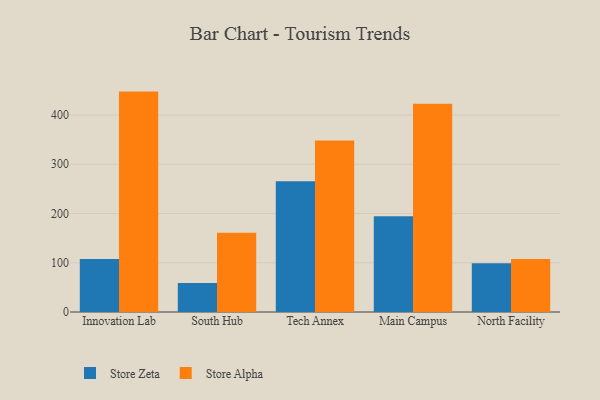
{"axis": {"x": "Campus", "y": "Website Visitors"}, "legend": ["Store Alpha", "Store Zeta"], "data": [{"x": "Innovation Lab", "y": 107.4, "type": "Store Zeta"}, {"x": "Innovation Lab", "y": 447.6, "type": "Store Alpha"}, {"x": "South Hub", "y": 58.8, "type": "Store Zeta"}, {"x": "South Hub", "y": 160.8, "type": "Store Alpha"}, {"x": "Tech Annex", "y": 265.6, "type": "Store Zeta"}, {"x": "Tech Annex", "y": 348.3, "type": "Store Alpha"}, {"x": "Main Campus", "y": 194.7, "type": "Store Zeta"}, {"x": "Main Campus", "y": 422.7, "type": "Store Alpha"}, {"x": "North Facility", "y": 99.2, "type": "Store Zeta"}, {"x": "North Facility", "y": 107.8, "type": "Store Alpha"}]}